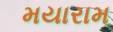
મયારામ